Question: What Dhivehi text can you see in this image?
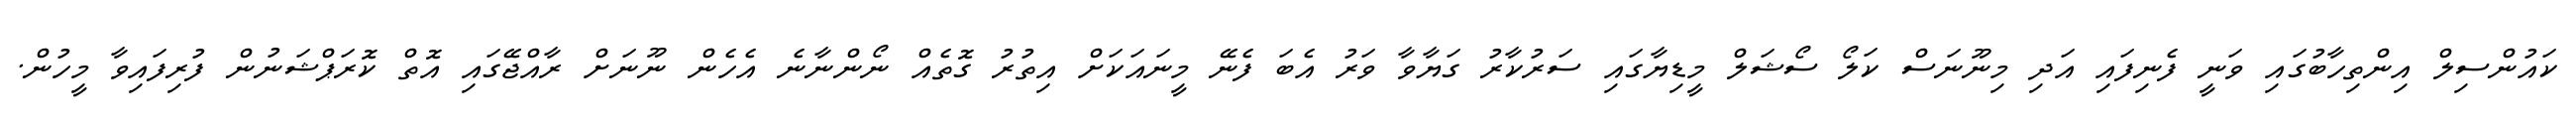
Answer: ކައުންސިލް އިންތިހާބުގައި ވަނީ ފެނިފައި އަދި މިނޫނަސް ކަލޯ ސޯޝަލް މީޑިޔާގައި ސަރުކާރު ގަޔާވާ ވަރު އެބަ ފެނޭ މީނައަކަށް އިތުރު ގޮތެއް ނޯންނާނެ އެހެން ނޫނަށް ރާއްޖޭގައި އޮތް ކޮރަޕްޝަނުން ފުރިފައިވާ މީހުން.